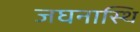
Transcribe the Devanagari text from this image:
जघनास्थि